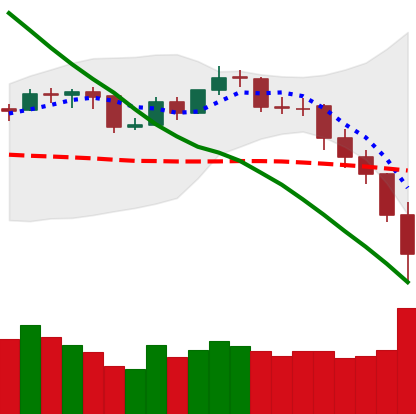
Ticker: BNB-USD
Chart end date: 2019-11-22
Forward return: 3.315%
Label: up_3_5